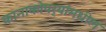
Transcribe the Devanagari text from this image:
कानाकोपर्‍यांमधील